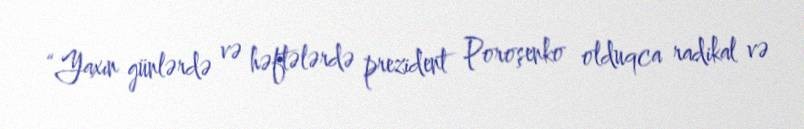
“Yaxın günlərdə və həftələrdə prezident Poroşenko olduqca radikal və